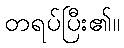
တရပ်ပြီး၏။